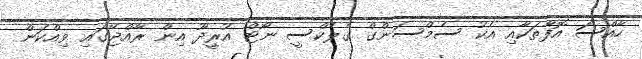
ހާއްސަ އޮފާތަކާއި އެކު ސެމްސަންގް ގެލެކްސީ ނޯޓް އުރީދޫ އިން ރާއްޖޭގައި ވިއްކަން